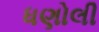
ધણોલી